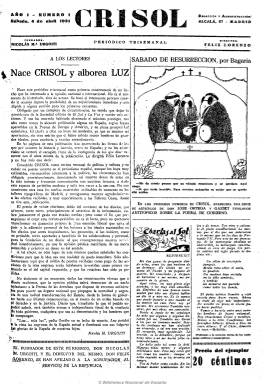
Título: Crisol (Madrid. 1931)
Colección: Periódicos
Ámbito geográfico: Madrid
Lugar de publicación: Madrid
Fechas: 04/04/1931-06/01/1932

Tras dejar la presidencia de La Papelera, la sociedad editora de los diarios El Sol (1917) y La Voz (1920), y caer esta en manos de un grupo monárquico, Nicolás María Urgoiti (1869-1951) funda esta nueva publicación como una revista de política y cultura con aspecto de periódico, que empieza saliendo diez días antes de proclamarse la II República Española. A esta nueva aventura periodística se suman los integrantes de la redacción y el director de El Sol, Félix Lorenzo (1879-1933), formando un grupo a cuya cabeza se pondrá el propio José Ortega y Gasset (1883-1955).

Crisol sale para mantener los mismos ideales liberales y republicanos que este grupo había inspirado a los diarios citados y tanto Urgoiti como Lorenzo, que dirigirá esta nueva publicación, se afilian a la Agrupación al Servicio de la República, anunciando en sus páginas la transformación radical que se avecinaba para el Estado.

Lorenzo lleva a Crisol su sección ‘Charlas al sol’, que firma con el seudónimo Heliófilo. Se darán cita en sus páginas, además de Ortega, José Martínez Ruiz ‘Azorín’ (1873-1967), Fernando de los Ríos (1879-1949), Ramón Gómez de la Serna (1888-1963), Luis de Zulueta (1878-1964), Carlos Esplá (1895-1971), Américo Castro (1875-1972), Julio Álvarez del Vayo (1891-1975), José Moreno Villa (1887-1955), Ramón Pérez de Ayala (1880-1962), Salvador de Madariaga (1886-1978), Corpus Barga (1887-1975) o Luis Bello (1872-1935). Su principal caricaturista será Luis Bagaria (1882-1940), procedente también de El Sol. El redactor jefe, Carlos de Baráibar (1895-1972)

Crisol será un periódico netamente republicano y anticlerical que criticará la deriva en este periodo de El Sol, y que a partir del 27 de junio de 1931 se convertirá en vespertino con el subtítulo de “Diario de la República”. Además de artículos de fondo, publicará noticias principalmente de carácter político, así como de deportes y espectáculos, incluyendo anuncios publicitarios. Será continuado por un nuevo título a partir del 7 de enero de 1932: Luz.